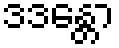
ဒဒန္တော